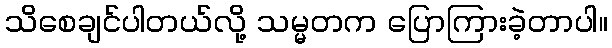
သိစေချင်ပါတယ်လို့ သမ္မတက ပြောကြားခဲ့တာပါ။